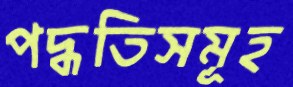
পদ্ধতিসমূহ